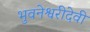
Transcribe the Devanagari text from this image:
भुवनेश्वरीदेवी